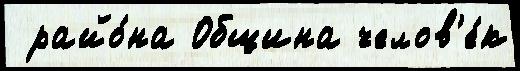
 райо́на Община челов'е́к